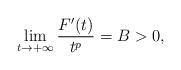
LaTeX: \begin{align*} \lim_{t\to +\infty}\frac{F'(t)}{t^p}=B>0, \end{align*}